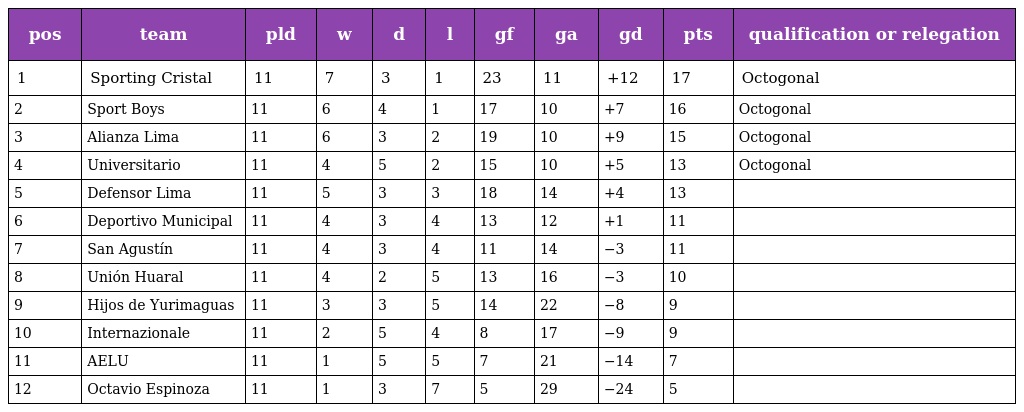
| pos | team | pld | w | d | l | gf | ga | gd | pts | qualification or relegation |
 | --- | --- | --- | --- | --- | --- | --- | --- | --- | --- | --- |
 | 1 | Sporting Cristal | 11 | 7 | 3 | 1 | 23 | 11 | +12 | 17 | Octogonal |
 | 2 | Sport Boys | 11 | 6 | 4 | 1 | 17 | 10 | +7 | 16 | Octogonal |
 | 3 | Alianza Lima | 11 | 6 | 3 | 2 | 19 | 10 | +9 | 15 | Octogonal |
 | 4 | Universitario | 11 | 4 | 5 | 2 | 15 | 10 | +5 | 13 | Octogonal |
 | 5 | Defensor Lima | 11 | 5 | 3 | 3 | 18 | 14 | +4 | 13 |  |
 | 6 | Deportivo Municipal | 11 | 4 | 3 | 4 | 13 | 12 | +1 | 11 |  |
 | 7 | San Agustín | 11 | 4 | 3 | 4 | 11 | 14 | −3 | 11 |  |
 | 8 | Unión Huaral | 11 | 4 | 2 | 5 | 13 | 16 | −3 | 10 |  |
 | 9 | Hijos de Yurimaguas | 11 | 3 | 3 | 5 | 14 | 22 | −8 | 9 |  |
 | 10 | Internazionale | 11 | 2 | 5 | 4 | 8 | 17 | −9 | 9 |  |
 | 11 | AELU | 11 | 1 | 5 | 5 | 7 | 21 | −14 | 7 |  |
 | 12 | Octavio Espinoza | 11 | 1 | 3 | 7 | 5 | 29 | −24 | 5 |  |